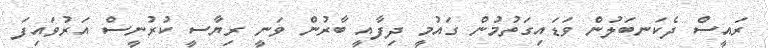
ރައީސް ދެކަނބަލުން ވަޑައިގަތުމުން ގައުމީ ދިފާއީ ބާރުން ވަނީ ރިޔާސީ ކުރުނީސް އަރުވައިފަ